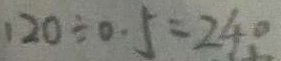
1 2 0 \div 0 . 5 = 2 4 0